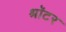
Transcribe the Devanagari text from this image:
श्रॉटर